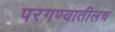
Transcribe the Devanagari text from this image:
परगण्यातीलच